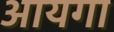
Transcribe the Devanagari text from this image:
आयगा